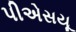
પીએસયૂ